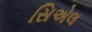
સિએલ